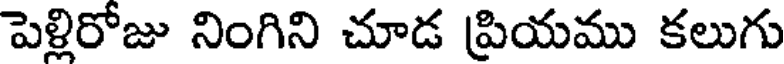
పెళ్లిరోజు నింగిని చూడ ప్రియము కలుగు